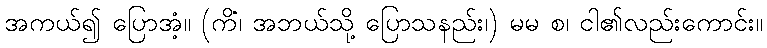
အကယ်၍ ပြောအံ့။ (ကိံ၊ အဘယ်သို့ ပြောသနည်း၊) မမ စ၊ ငါ၏လည်းကောင်း။